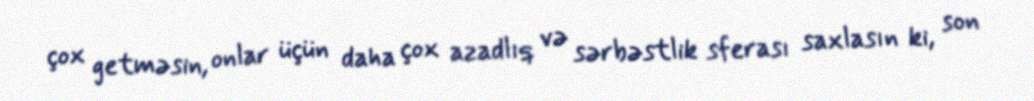
çox getməsin, onlar üçün daha çox azadlıq və sərbəstlik sferası saxlasın ki, son